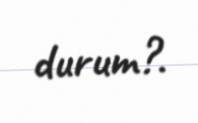
durum?.